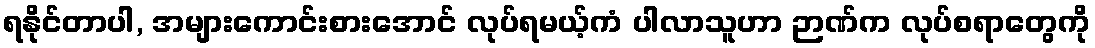
ရနိုင်တာပါ, အများကောင်းစားအောင် လုပ်ရမယ့်ကံ ပါလာသူဟာ ဉာဏ်က လုပ်စရာတွေကို